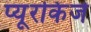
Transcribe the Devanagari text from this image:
प्यूरकिंजे